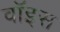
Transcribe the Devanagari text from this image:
वाॅइस